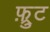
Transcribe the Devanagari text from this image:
फ़्रुट